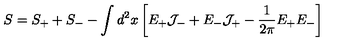
S = S _ { + } + S _ { - } - \int d ^ { 2 } x \left[ E _ { + } { \cal J } _ { - } + E _ { - } { \cal J } _ { + } - { \frac { 1 } { 2 \pi } } E _ { + } E _ { - } \right]